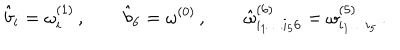
{ \hat { b } } _ { i } = \omega _ { i } ^ { ( 1 ) } \, , \qquad { \hat { b } } _ { 6 } = \omega ^ { ( 0 ) } \, , \qquad { \hat { \omega } } _ { i _ { 1 } \dots i _ { 5 } 6 } ^ { ( 6 ) } = \omega _ { i _ { 1 } \dots i _ { 5 } } ^ { ( 5 ) } \, .